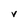
Character: v